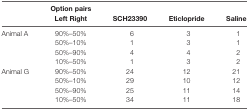
<table><thead><tr><td></td><td><b>Option pairs Left Right</b></td><td><b>SCH23390</b></td><td><b>Eticlopride</b></td><td><b>Saline</b></td></tr></thead><tbody><tr><td>Animal A</td><td>90%–50%</td><td>6</td><td>3</td><td>1</td></tr><tr><td></td><td>50%–10%</td><td>1</td><td>3</td><td>1</td></tr><tr><td></td><td>50%–90%</td><td>4</td><td>4</td><td>2</td></tr><tr><td></td><td>10%–50%</td><td>1</td><td>3</td><td>2</td></tr><tr><td>Animal G</td><td>90%–50%</td><td>24</td><td>12</td><td>21</td></tr><tr><td></td><td>50%–10%</td><td>29</td><td>10</td><td>12</td></tr><tr><td></td><td>50%–90%</td><td>25</td><td>11</td><td>14</td></tr><tr><td></td><td>10%–50%</td><td>34</td><td>11</td><td>18</td></tr></tbody></table>